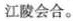
江陵会合。